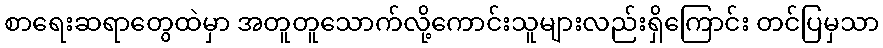
စာရေးဆရာတွေထဲမှာ အတူတူသောက်လို့ကောင်းသူများလည်းရှိကြောင်း တင်ပြမှသာ